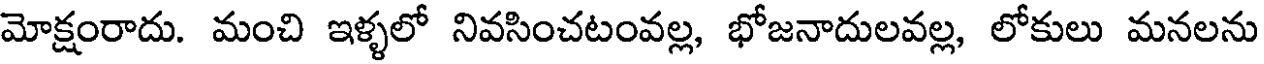
మోక్షంరాదు. మంచి ఇళ్ళలో నివసించటంవల్ల, భోజనాదులవల్ల, లోకులు మనలను